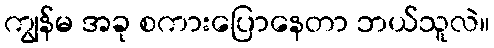
ကျွန်မ အခု စကားပြောနေတာ ဘယ်သူလဲ။